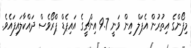
މިފޯންގެ އިތުރުން އެޕަލް އިން ވަނީ 9.7 އިންޗީގެ އައިޕެޑް ޕްރޯވެސް ދައްކާލައިފައެވެ.